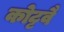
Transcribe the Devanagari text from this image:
कोट्टवै